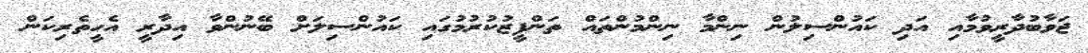
ޖަވާބުދާރީވުމާއި އަދި ކައުންސިލުން ނިންމާ ނިންމުންތައް ތަންފީޒުކުރުމުގައި ކައުންސިލަށް ބޭނުންވާ އިދާރީ އެހީތެރިކަން